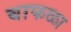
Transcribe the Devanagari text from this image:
बाफळा